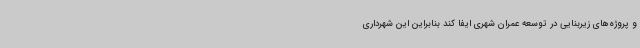
و پروژه‌های زیربنایی در توسعه عمران شهری ایفا کند بنابراین این شهرداری